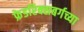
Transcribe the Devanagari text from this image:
फ्रेडरिक्सबर्गच्या